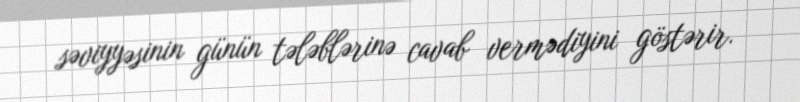
səviyyəsinin günün tələblərinə cavab vermədiyini göstərir.